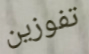
تفوزين